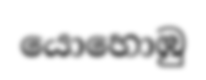
යොහොඹු